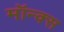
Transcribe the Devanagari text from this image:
मॉन्क्स